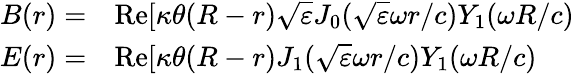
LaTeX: \begin{array}{rl}{B(r)=}&{{}\mathrm{Re}[\kappa\theta(R-r)\sqrt{\varepsilon}J_{0}(\sqrt{\varepsilon}\omega r/c)Y_{1}(\omega R/c)}\\ {E(r)=}&{{}\mathrm{Re}[\kappa\theta(R-r)J_{1}(\sqrt{\varepsilon}\omega r/c)Y_{1}(\omega R/c)}\end{array}